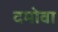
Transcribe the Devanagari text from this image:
दमोवा